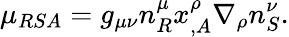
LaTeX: \mu_{RSA}=g_{\mu\nu}n_{R}^{\mu}x_{,A}^{\rho}\nabla_{\rho}n_{S}^{\nu}.